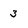
Character: 3